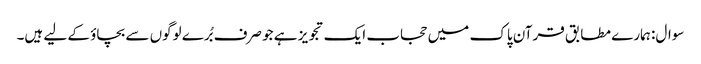
سوال: ہمارے مطابق قرآن پاک میں حجاب ایک تجویز ہے جو صرف بُرے لوگوں سے بچاؤ کے لیے ہیں۔